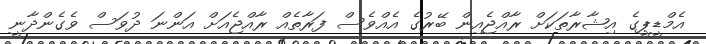
އެމްޑީޕީގެ އިޝާރާތަކަށް ރާއްޖެއިން ބޭރުގެ އެއްވެސް ފަރާތެއް ރާއްޖެއަށް އަންނަ ދުވަސް ވެގެންދާނީ